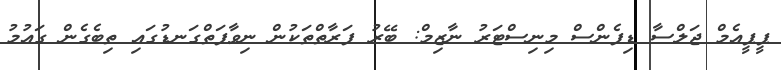
ޕީޕީއެމް ޖަލްސާ ޑިފެންސް މިނިސްޓަރު ނާޒިމް: ބޭރު ފަރާތްތަކުން ނިވާފަތްގަނޑުގައި ތިބެގެން ގައުމު